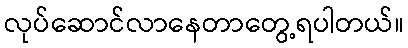
လုပ်ဆောင်လာနေတာတွေ့ရပါတယ်။